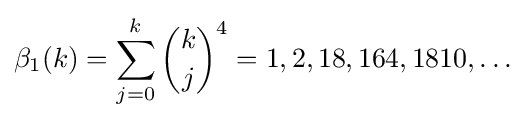
\beta _{1}(k)=\sum _{j=0}^{k}{\binom {k}{j}}^{4}=1,2,18,164,1810,\ldots